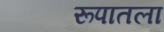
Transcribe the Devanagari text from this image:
रूपातला